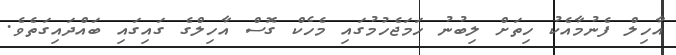
އާހިލް ފެނުމާއެކު ހިތަށް ލިބުނު ހަމަޖެހުމުގައި މެހެކް ގޮސް އާހިލްގެ ގައިގައި ބައްދައިގަތެވެ.